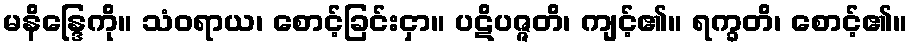
မနိန္ဒြေကို။ သံဝရာယ၊ စောင့်ခြင်းငှာ။ ပဋိပဇ္ဇတိ၊ ကျင့်၏။ ရက္ခတိ၊ စောင့်၏။